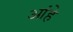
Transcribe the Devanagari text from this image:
आंहे